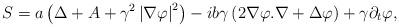
LaTeX: \begin{align*}S=a\left( \Delta +A+\gamma ^{2}\left\vert \nabla \varphi \right\vert^{2}\right) -ib\gamma \left( 2\nabla \varphi .\nabla +\Delta \varphi \right)+\gamma \partial _{t}\varphi , \end{align*}